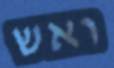
ואש